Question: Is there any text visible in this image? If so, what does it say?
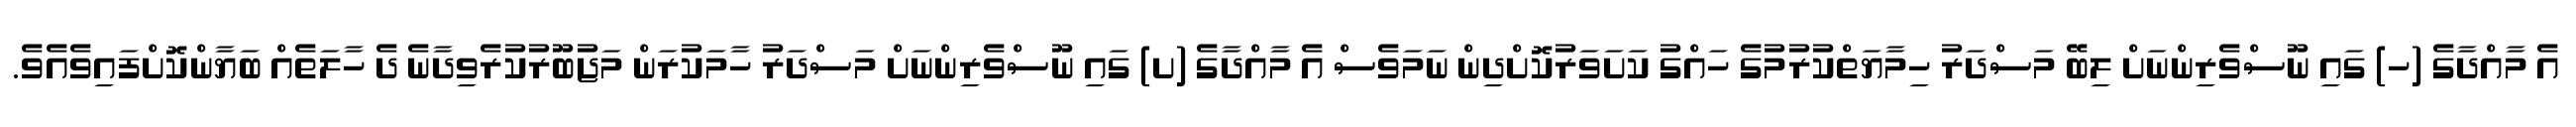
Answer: އެ މާއްދާގެ (ހ) ގައި ނޫސްވެރިންނަށް ލިބޭ މަސްދަރު ހިމާޔަތްކުރުމުގެ ހައްގު ކަށަވަރުކޮށްދިން ނަމަވެސް އެ މާއްދާގެ (ށ) ގައި ނޫސްވެރިންނަށް މަސްދަރު ހާމަކުރަން މަޖުބޫރުކުރެވިދާނެ ދެ ހާލަތެއް ބަޔާންކޮށްފައިވެއެވެ.